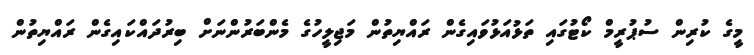
މީގެ ކުރިން ސުޕުރީމް ކޯޓުގައި ތަޅުއަޅުވައިގެން ރައްޔިތުން މަޖިލީހުގެ މެންބަރުންނަށް ބިރުދައްކައިގެން ރައްޔިތުން